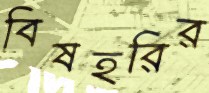
বিষহরির